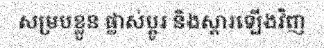
សម្របខ្លួន ផ្លាស់ប្តូរ និងស្តារឡើងវិញ